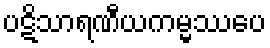
ပဋိသာရဏီယကမ္မဿပေ